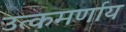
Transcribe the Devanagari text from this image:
उत्कमर्णाय